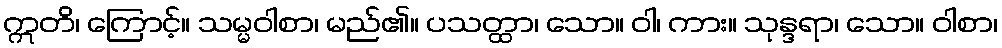
ဣတိ၊ ကြောင့်။ သမ္မဝါစာ၊ မည်၏။ ပသတ္ထာ၊ သော။ ဝါ၊ ကား။ သုန္ဒရာ၊ သော။ ဝါစာ၊